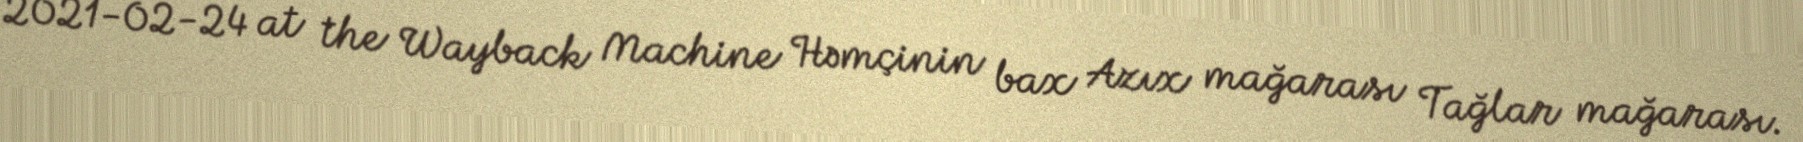
2021-02-24 at the Wayback Machine Həmçinin bax Azıx mağarası Tağlar mağarası.